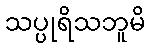
သပ္ပုရိသဘူမိ